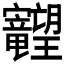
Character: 𱢽